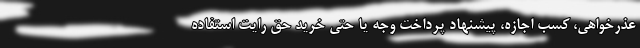
عذرخواهی، کسب اجازه، پیشنهاد پرداخت وجه یا حتی خرید حق رایت استفاده